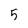
Character: 5